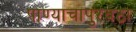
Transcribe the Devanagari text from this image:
पाण्याचापुरवठा